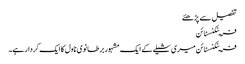
تفصیل سے پڑھئے
فرینکنسٹائن
فرینکنسٹائن میری شیلے کے ایک مشہور برطانوی ناول کا ایک کردار ہے۔